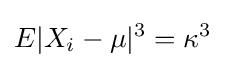
E|X_{i}-\mu |^{3}=\kappa ^{3}